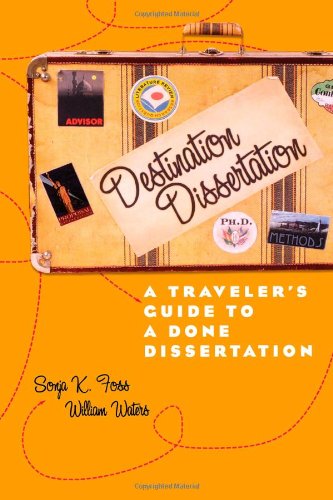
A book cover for Destination Dissertation: A Traveler's Guide to a Done Dissertation; Sonja Foss; Reference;